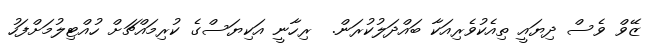
ޒޭވް ވެސް ދިޔައީ ތިއެކުވެރިއަކާ ބައްދަލުކުރަން.  ރިހާނީ އަކިޔަސްގެ ކުރިމައްޗަށް ހުއްޓިލުމަށްފަހު